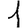
Digit: 1